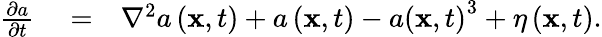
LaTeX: \begin{array}{rlr}{\frac{\partial a}{\partial t}}&{{}=}&{\nabla^{2}a\left(\mathbf{x},t\right)+a\left(\mathbf{x},t\right)-a\left(\mathbf{x},t\right)^{3}+\eta\left(\mathbf{x},t\right).}\end{array}